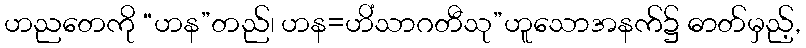
ဟညတေကို “ဟန”တည်၊ ဟန=ဟိံသာဂတီသု”ဟူသောအနက်၌ ဓာတ်မှည့်,